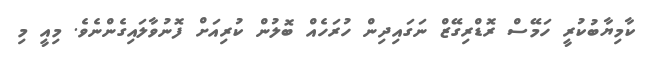
ކާމިޔާބުކުރީ ހަމޭސް ރޮޑްރިގޭޒް ނަގައިދިން ހުރަހެއް ބޮލުން ކުރިއަށް ފޮނުވާލައިގެންނެވެ. މިއީ މި